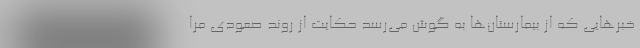
خبرهایی که از بیمارستان‌ها به گوش‌ می‌رسد حکایت از روند صعودی مرا